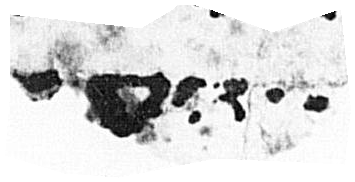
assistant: יגע